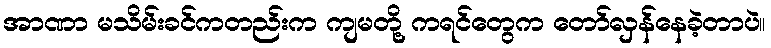
အာဏာ မသိမ်းခင်ကတည်းက ကျမတို့ ကရင်တွေက တော်လှန်နေခဲ့တာပဲ။